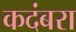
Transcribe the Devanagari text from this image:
कदंबरा